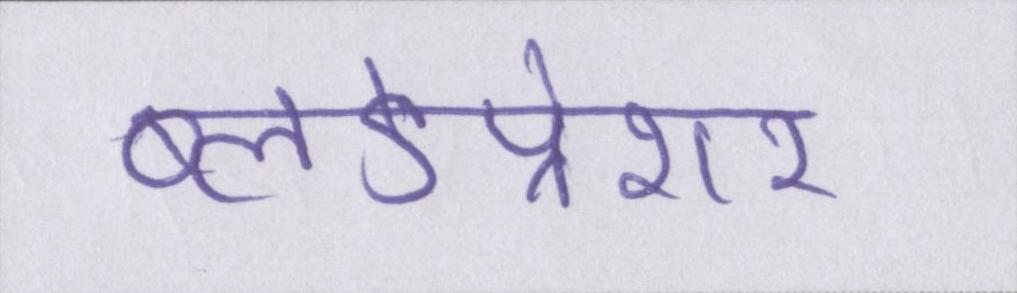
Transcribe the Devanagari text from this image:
ब्लडप्रेशर